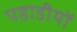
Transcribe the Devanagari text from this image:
पहाडीयों